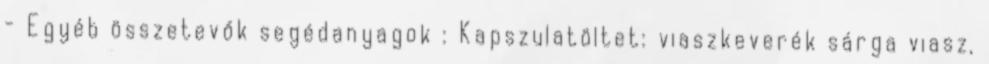
- Egyéb összetevők segédanyagok : Kapszulatöltet: viaszkeverék sárga viasz,